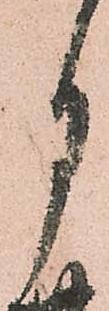
月